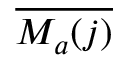
\overline { { { \cal M } _ { a } ( j ) } }